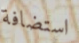
استضافة